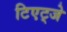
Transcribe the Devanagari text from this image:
टिएट्जे